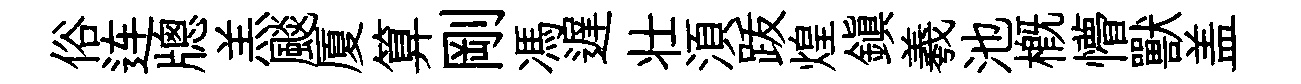
俗连牕羔颷厦算剛馮遅壮湏䟦煌鎭羲池槪懵獸盖